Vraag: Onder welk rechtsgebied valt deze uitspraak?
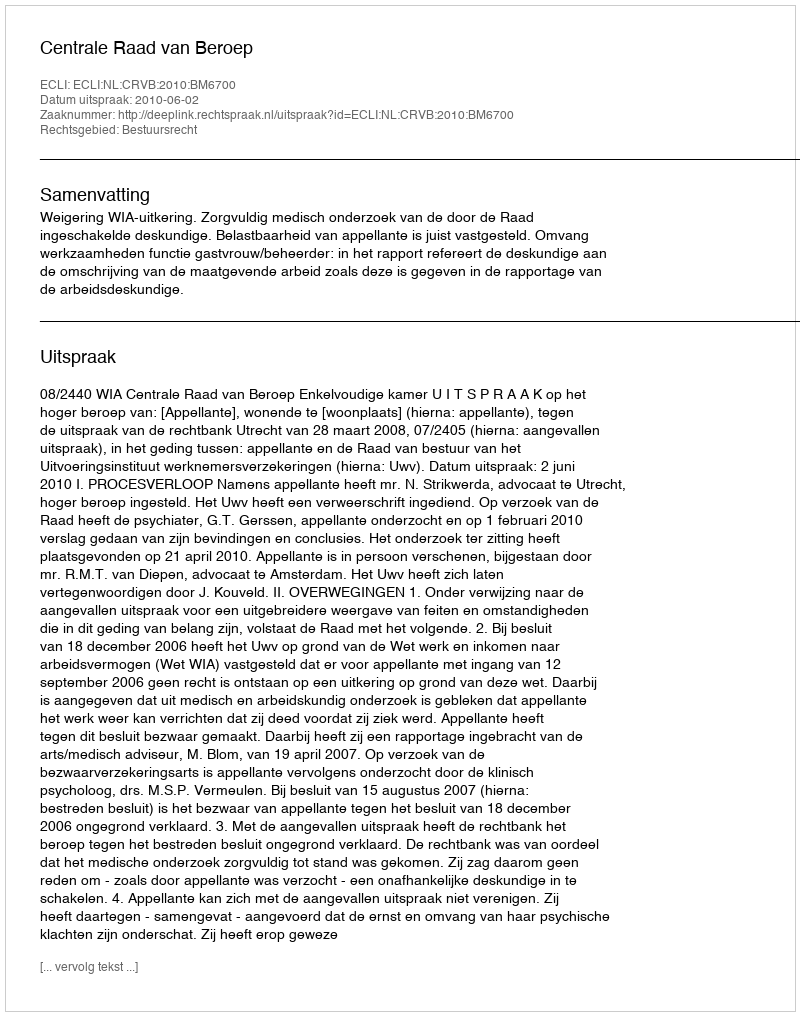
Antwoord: Bestuursrecht